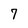
Character: 7